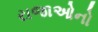
રાજાઓનો